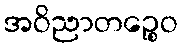
အဝိညာတဉ္စေဝ